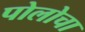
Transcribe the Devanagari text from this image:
पोलोचा